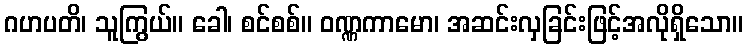
ဂဟပတိ၊ သူကြွယ်။ ခေါ၊ စင်စစ်။ ဝဏ္ဏကာမော၊ အဆင်းလှခြင်းဖြင့်အလိုရှိသော။